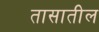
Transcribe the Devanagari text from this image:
तासातील